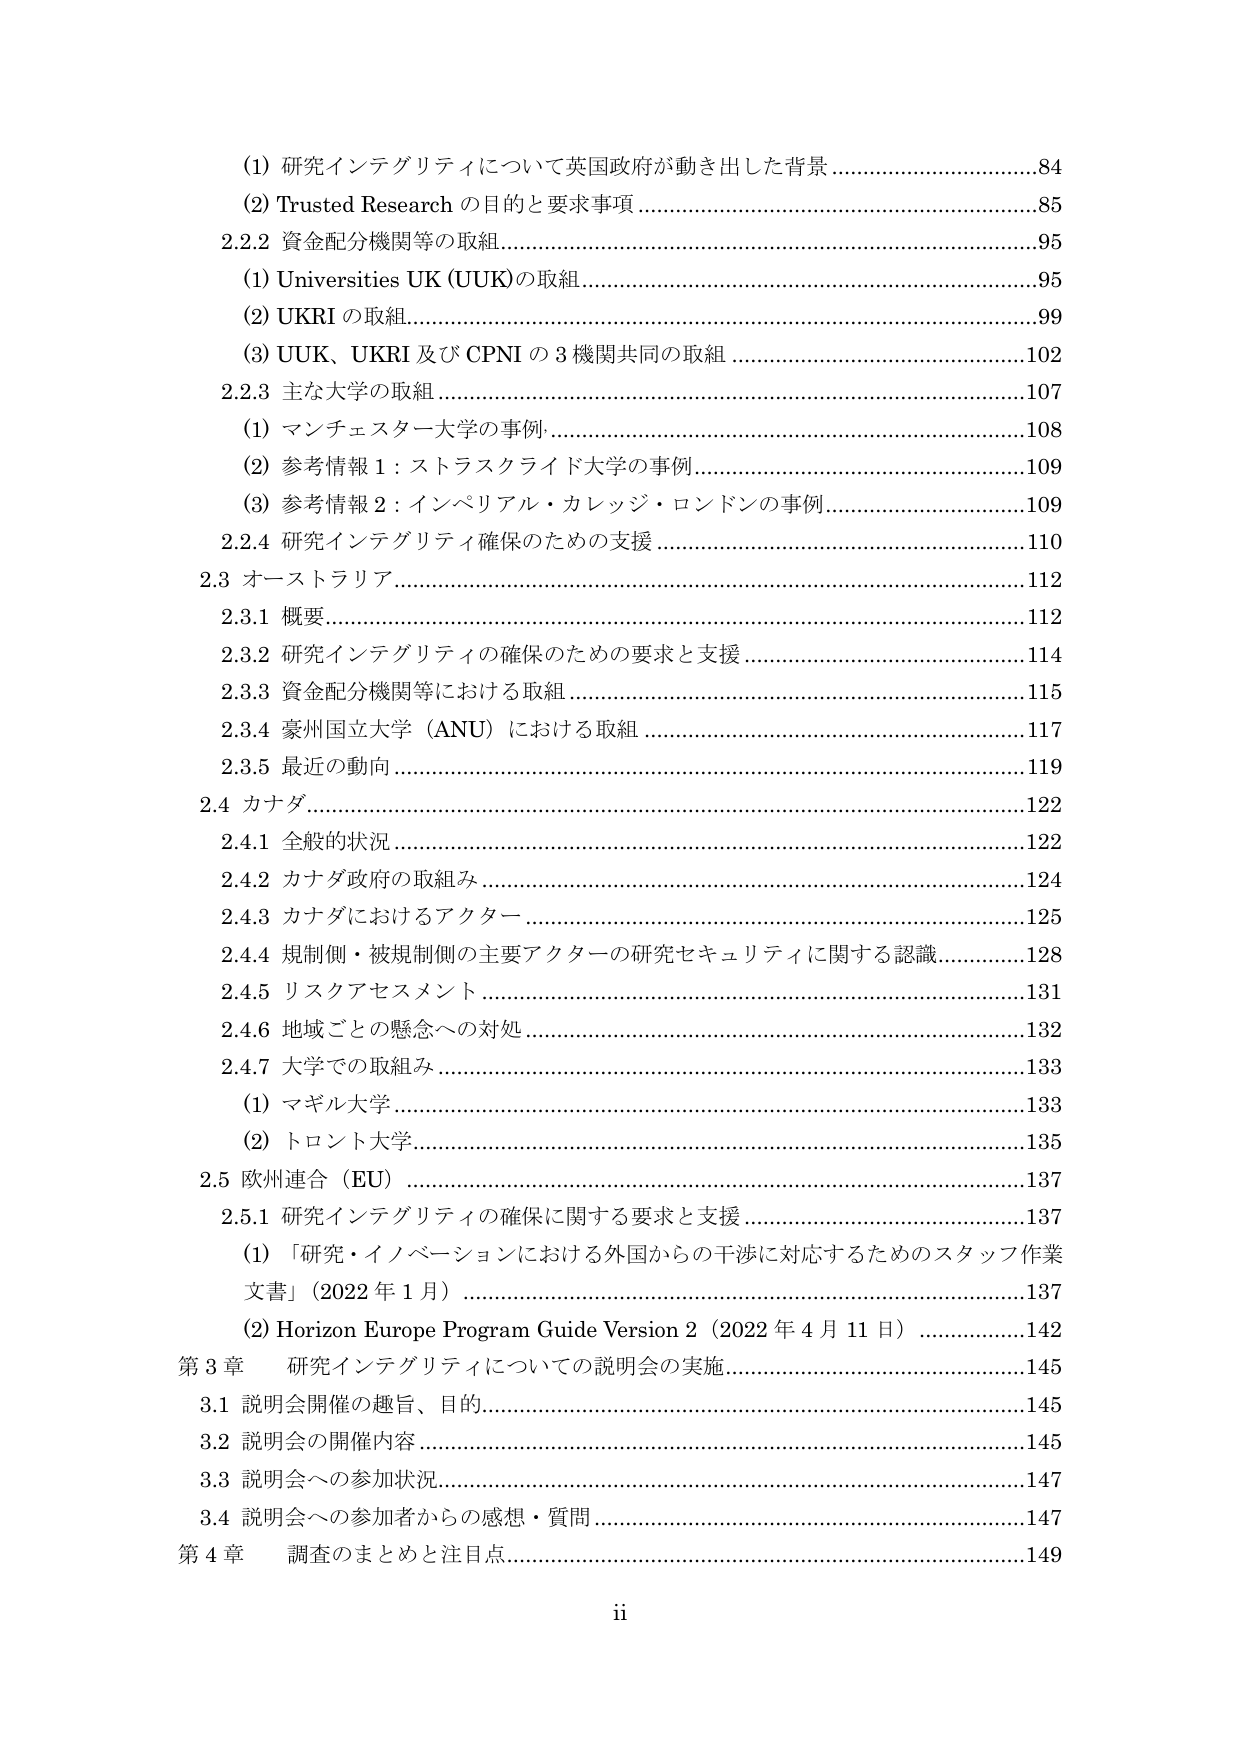
(1) 研究インテグリティについて英国政府が動き出した背景 ………………………………84
(2) Trusted Research の目的と要求事項 ……………………………………………………85
2.2.2 資金配分機関等の取組 ………………………………………………………………95
　(1) Universities UK (UUK)の取組 …………………………………………………………95
　(2) UKRI の取組 ……………………………………………………………………………99
　(3) UUK、UKRI 及び CPNI の 3 機関共同の取組 ………………………………………102
2.2.3 主な大学の取組 ……………………………………………………………………107
　(1) マンチェスター大学の事例 …………………………………………………………108
　(2) 参考情報 1：ストラスクライド大学の事例 ………………………………………109
　(3) 参考情報 2：インペリアル・カレッジ・ロンドンの事例 ………………………109
2.2.4 研究インテグリティ確保のための支援 …………………………………………110
2.3 オーストラリア …………………………………………………………………………112
　2.3.1 概要 …………………………………………………………………………………112
　2.3.2 研究インテグリティの確保のための要求と支援 ……………………………114
　2.3.3 資金配分機関等における取組 …………………………………………………115
　2.3.4 豪州国立大学（ANU）における取組 …………………………………………117
　2.3.5 最近の動向 …………………………………………………………………………119
2.4 カナダ ……………………………………………………………………………………122
　2.4.1 全般的状況 …………………………………………………………………………122
　2.4.2 カナダ政府の取組み ………………………………………………………………124
　2.4.3 カナダにおけるアクター …………………………………………………………125
　2.4.4 規制側・被規制側の主要アクターの研究セキュリティに関する認識 ………128
　2.4.5 リスクアセスメント ………………………………………………………………131
　2.4.6 地域ごとの懸念への対処 ………………………………………………………132
　2.4.7 大学での取組み ……………………………………………………………………133
　　(1) マギル大学 …………………………………………………………………………133
　　(2) トロント大学 ………………………………………………………………………135
2.5 欧州連合（EU） ………………………………………………………………………137
　2.5.1 研究インテグリティの確保に関する要求と支援 ……………………………137
　　(1) 「研究・イノベーションにおける外国からの干渉に対応するためのスタッフ作業
　　　文書」（2022 年 1 月） ……………………………………………………………137
　　(2) Horizon Europe Program Guide Version 2（2022 年 4 月 11 日） ……………142
第 3 章　研究インテグリティについての説明会の実施 ………………………………145
　3.1 説明会開催の趣旨、目的 ……………………………………………………………145
　3.2 説明会の開催内容 ……………………………………………………………………145
　3.3 説明会への参加状況 …………………………………………………………………147
　3.4 説明会への参加者からの感想・質問 ………………………………………………147
第 4 章　調査のまとめと注目点 …………………………………………………………149
ii